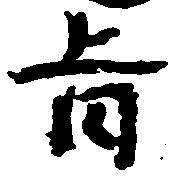
旨